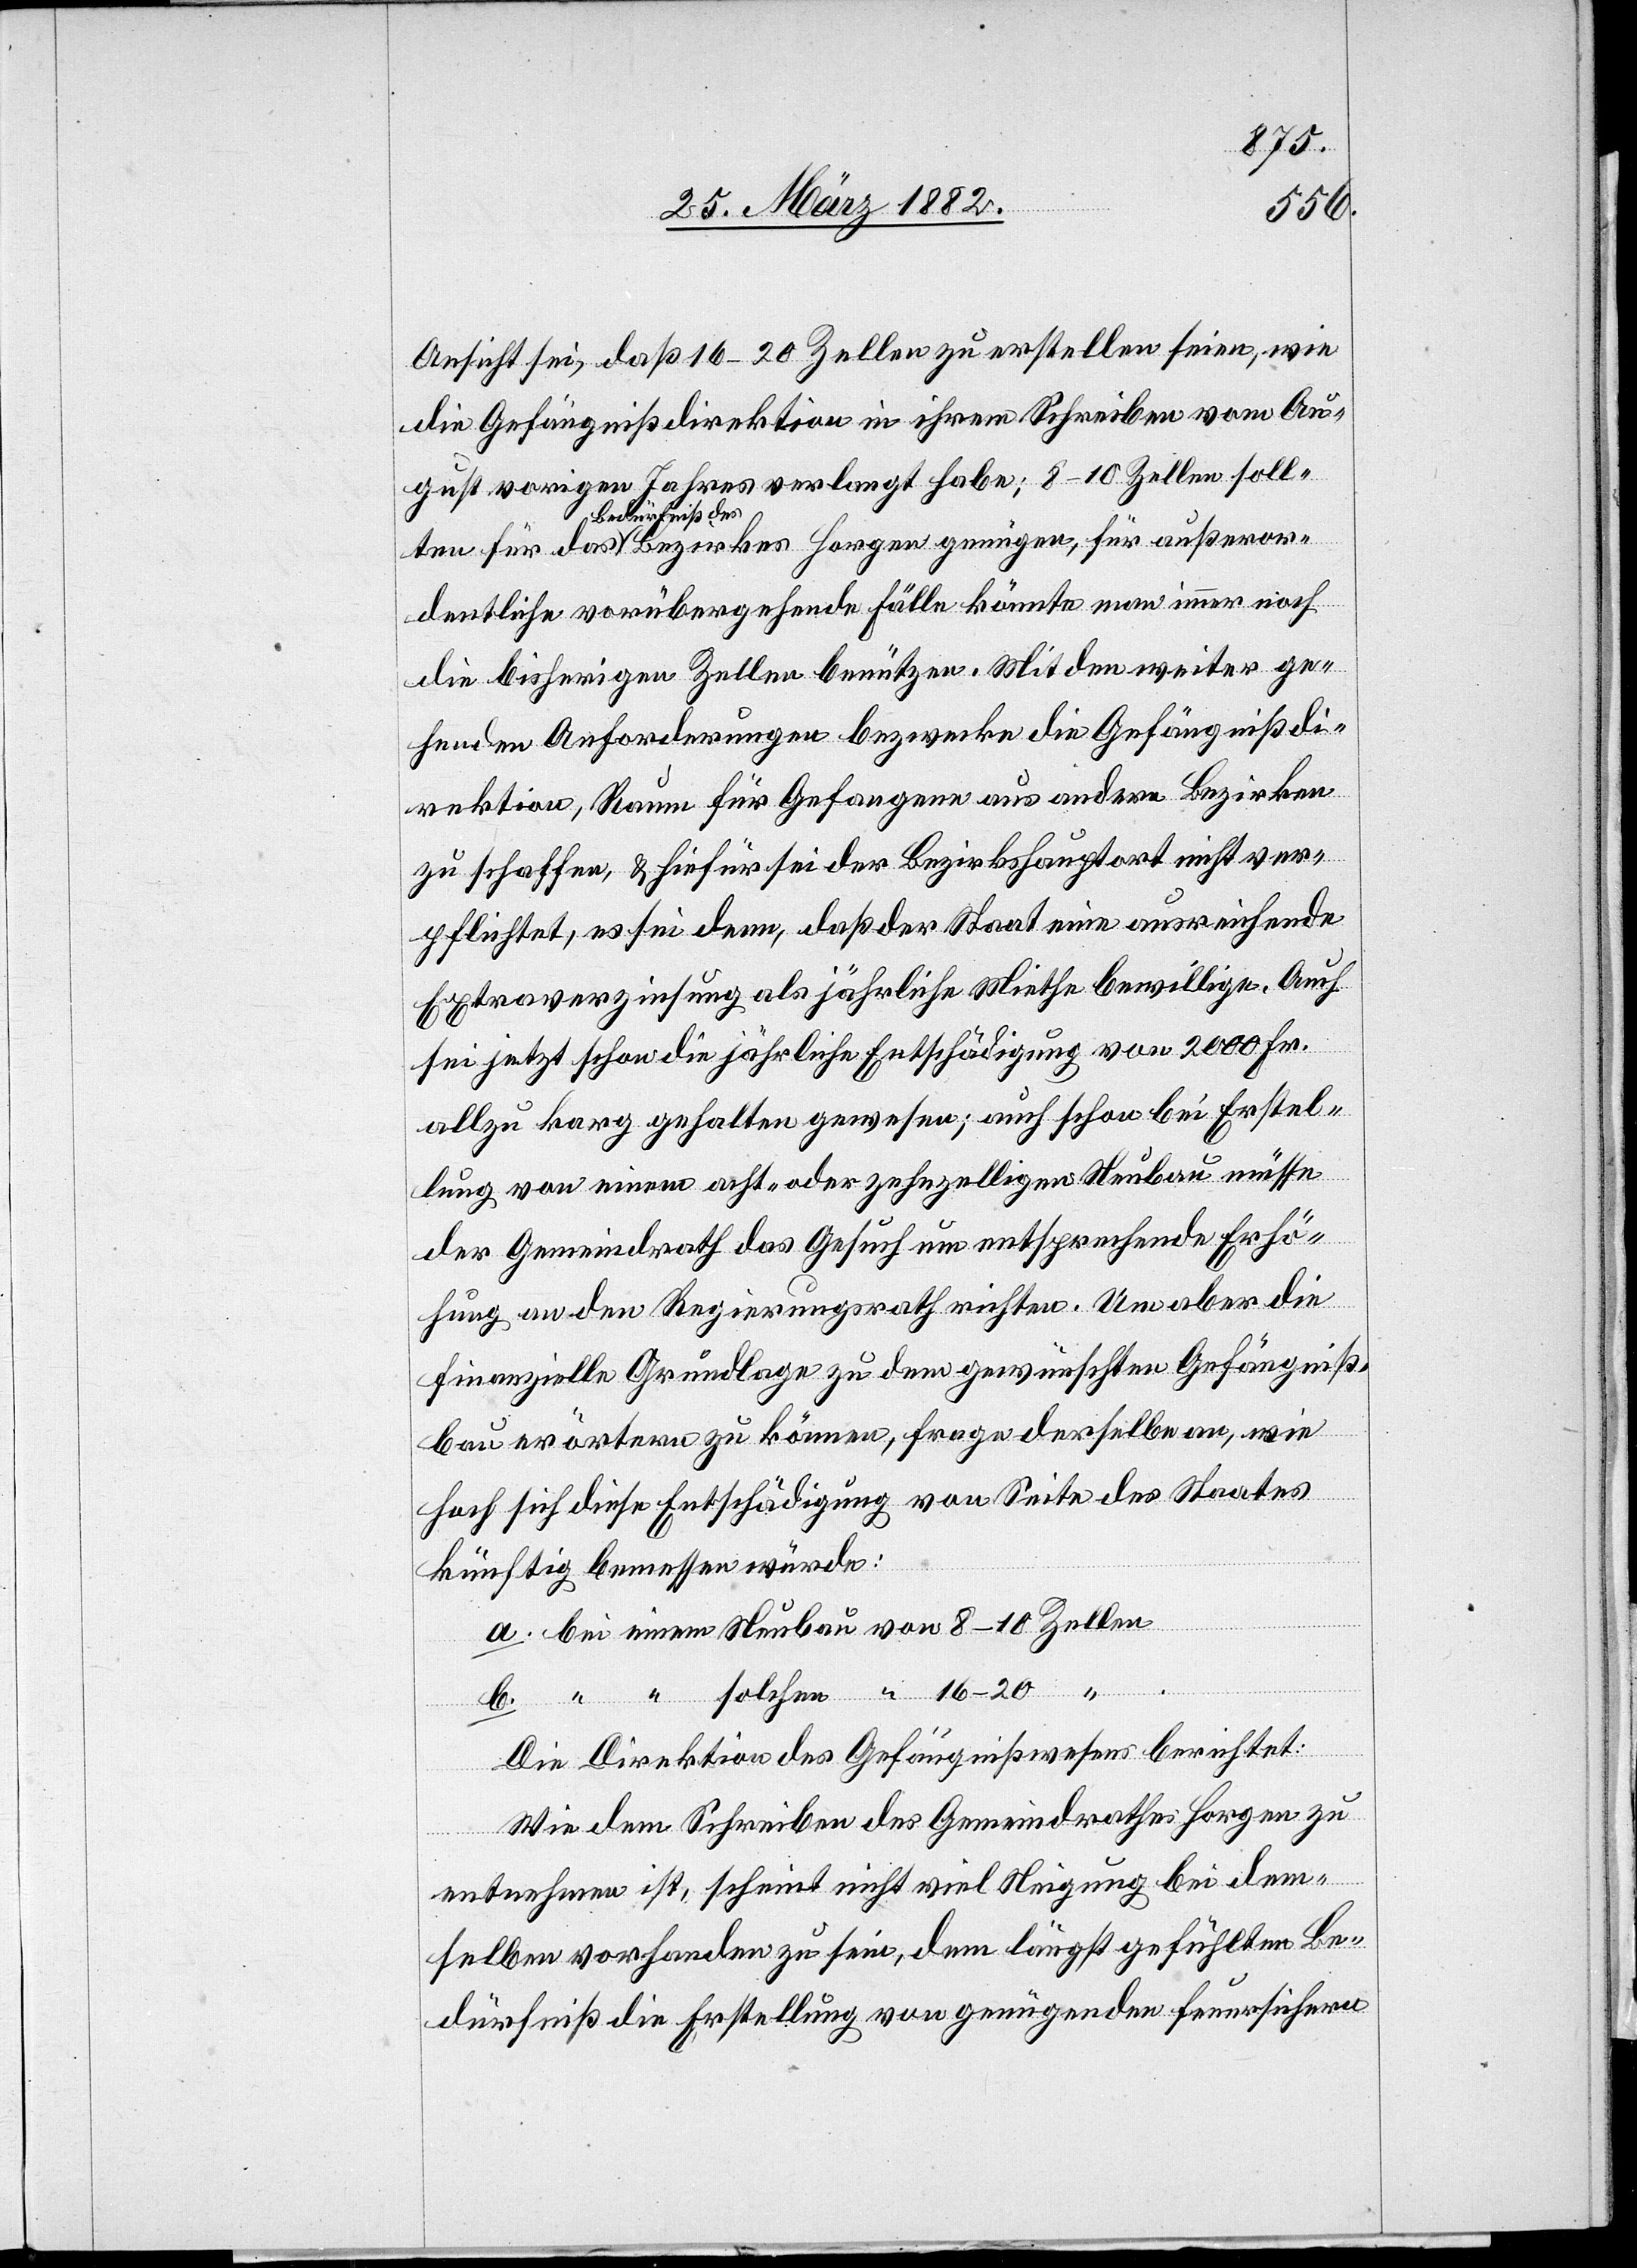
außeror¬
Ansicht sei, daß 16–20 Zellen zu erstellen seien, wie
die Gefängnißdirektion in ihrem Schreiben vom Au¬
gust vorigen Jahres verlangt habe; 8–10 Zellen sollten
a-Bedürfniß des-a
dentliche vorübergehende Fälle könnte man immer noch
die bisherigen Zellen benützen. Mit dem weiterge¬
henden Anforderungen bezwecke die Gefängnißdi¬
rektion, Raum für Gefangene aus andern Bezirken
zu schaffen, & hiefür sei der Bezirkshauptort nicht ver¬
pflichtet, es sei denn, daß der Staat eine ausreichende
Extraverzinsung als jährliche Miethe bewillige. Auch
sei jetzt schon die jährliche Entschädigung von 2000 Fr.
allzu karg gehalten gewesen; auch schon bei Erstel¬
lung von einem acht- oder zehnzelligen Neubau müsse
der Gemeindrath das Gesuch um entsprechende Erhö¬
hung an den Regierungsrath richten. Um aber die
finanzielle Grundlage zu dem gewünschten Gefängniß¬
bau erörtern zu können, frage derselbe an, wie
hoch sich diese Entschädigung von Seite des Staates
künftig bemessen würde:
Die Direktion des Gefängnißwesens berichtet:
Wie dem Schreiben des Gemeindrathes Horgen zu
entnehmen ist, scheint nicht viel Neigung bei dem¬
selben vorhanden zu sein, dem längst gefühltem Be¬
dürfniß die Erstellung von genügenden feuersicheren